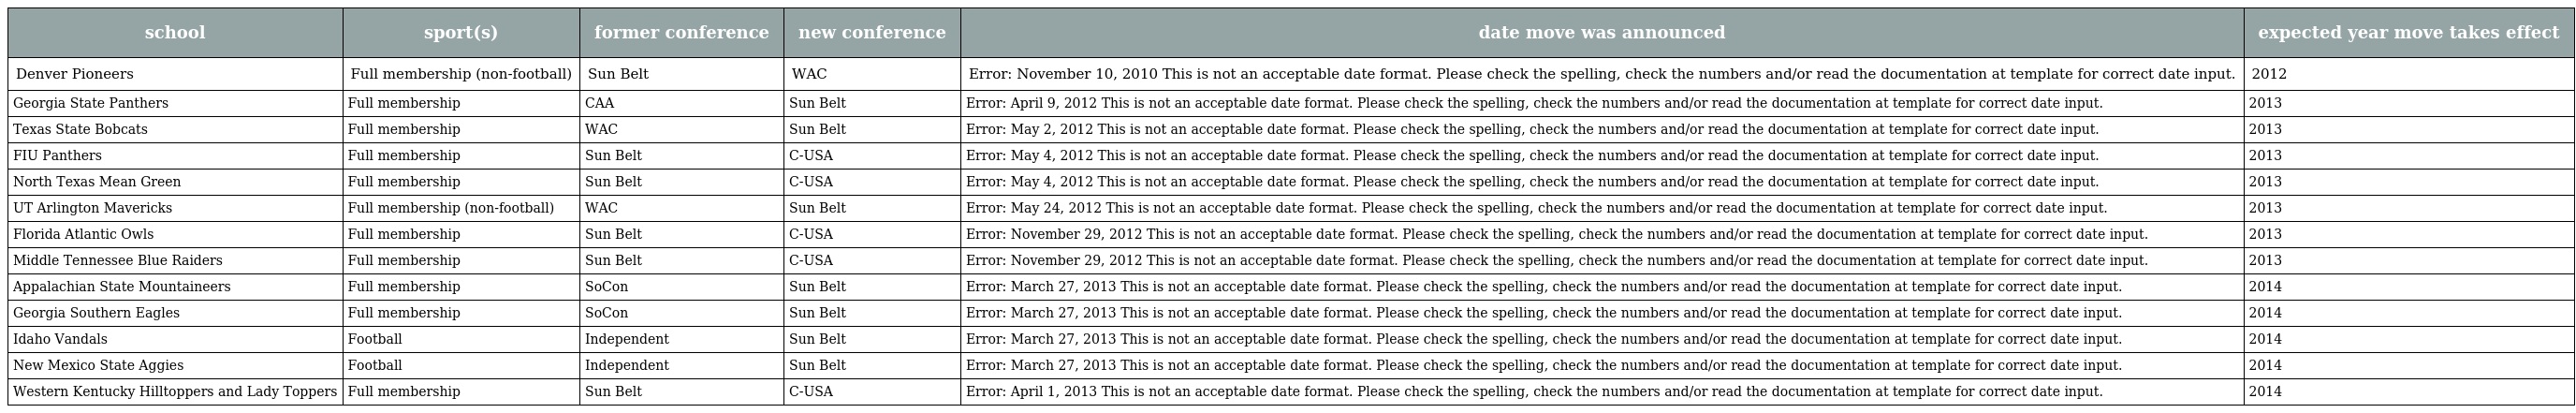
| school | sport(s) | former conference | new conference | date move was announced | expected year move takes effect |
 | --- | --- | --- | --- | --- | --- |
 | Denver Pioneers | Full membership (non-football) | Sun Belt | WAC | Error: November 10, 2010 This is not an acceptable date format. Please check the spelling, check the numbers and/or read the documentation at template for correct date input. | 2012 |
 | Georgia State Panthers | Full membership | CAA | Sun Belt | Error: April 9, 2012 This is not an acceptable date format. Please check the spelling, check the numbers and/or read the documentation at template for correct date input. | 2013 |
 | Texas State Bobcats | Full membership | WAC | Sun Belt | Error: May 2, 2012 This is not an acceptable date format. Please check the spelling, check the numbers and/or read the documentation at template for correct date input. | 2013 |
 | FIU Panthers | Full membership | Sun Belt | C-USA | Error: May 4, 2012 This is not an acceptable date format. Please check the spelling, check the numbers and/or read the documentation at template for correct date input. | 2013 |
 | North Texas Mean Green | Full membership | Sun Belt | C-USA | Error: May 4, 2012 This is not an acceptable date format. Please check the spelling, check the numbers and/or read the documentation at template for correct date input. | 2013 |
 | UT Arlington Mavericks | Full membership (non-football) | WAC | Sun Belt | Error: May 24, 2012 This is not an acceptable date format. Please check the spelling, check the numbers and/or read the documentation at template for correct date input. | 2013 |
 | Florida Atlantic Owls | Full membership | Sun Belt | C-USA | Error: November 29, 2012 This is not an acceptable date format. Please check the spelling, check the numbers and/or read the documentation at template for correct date input. | 2013 |
 | Middle Tennessee Blue Raiders | Full membership | Sun Belt | C-USA | Error: November 29, 2012 This is not an acceptable date format. Please check the spelling, check the numbers and/or read the documentation at template for correct date input. | 2013 |
 | Appalachian State Mountaineers | Full membership | SoCon | Sun Belt | Error: March 27, 2013 This is not an acceptable date format. Please check the spelling, check the numbers and/or read the documentation at template for correct date input. | 2014 |
 | Georgia Southern Eagles | Full membership | SoCon | Sun Belt | Error: March 27, 2013 This is not an acceptable date format. Please check the spelling, check the numbers and/or read the documentation at template for correct date input. | 2014 |
 | Idaho Vandals | Football | Independent | Sun Belt | Error: March 27, 2013 This is not an acceptable date format. Please check the spelling, check the numbers and/or read the documentation at template for correct date input. | 2014 |
 | New Mexico State Aggies | Football | Independent | Sun Belt | Error: March 27, 2013 This is not an acceptable date format. Please check the spelling, check the numbers and/or read the documentation at template for correct date input. | 2014 |
 | Western Kentucky Hilltoppers and Lady Toppers | Full membership | Sun Belt | C-USA | Error: April 1, 2013 This is not an acceptable date format. Please check the spelling, check the numbers and/or read the documentation at template for correct date input. | 2014 |